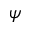
\psi